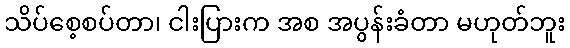
သိပ်စေ့စပ်တာ၊ ငါးပြားက အစ အပွန်းခံတာ မဟုတ်ဘူး